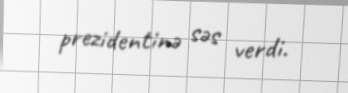
prezidentinə səs verdi.